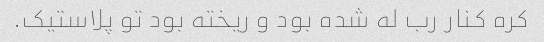
کره کنار رب له شده بود و ریخته بود تو پلاستیک.